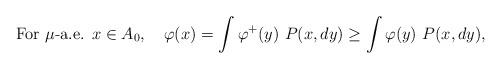
LaTeX: \begin{align*}\mbox{For } \mu\mbox{-a.e. } x \in A_0, \ \ \ \varphi(x) = \int \varphi^+(y) \ P(x, dy) \geq \int \varphi (y) \ P(x, dy),\end{align*}